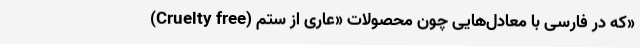
(Cruelty free) که در فارسی با معادل‌هایی چون محصولات «عاری از ستم»